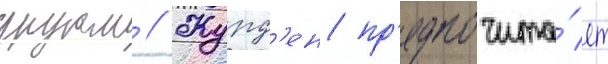
другом // Журд'ен пр'едпочита́ет